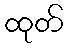
ထုတ်